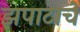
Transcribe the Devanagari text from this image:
झपाटाचे